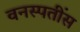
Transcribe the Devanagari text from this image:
वनस्पतींस